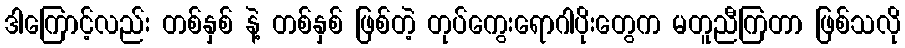
ဒါကြောင့်လည်း တစ်နှစ် နဲ့ တစ်နှစ် ဖြစ်တဲ့ တုပ်ကွေးရောဂါပိုးတွေက မတူညီကြတာ ဖြစ်သလို